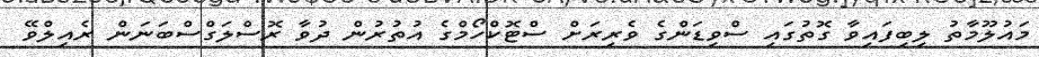
މައުލޫމާތު ލިބިފައިވާ ގޮތުގައި ސްވިޑަންގެ ވެރިރަށް ސްޓޮކްހޯމްގެ އުތުރުން ދުވާ ރޮސްލަގްސްބަނަން ރެއިލްވޭ